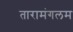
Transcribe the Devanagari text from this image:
तारामंगलम